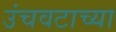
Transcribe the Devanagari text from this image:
उंचवटाच्या